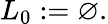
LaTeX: L_{0}:=\varnothing.